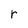
Character: r